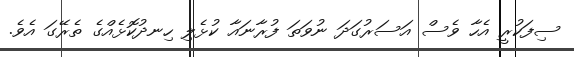
ސިފަކުރީ އެހާ ވެސް އަސަރުގަދަ ނުވަތަ ފުރާނައާ ކުޅެލި ހިނދުކޮޅެއްގެ ތެރޭގަ އެވެ.